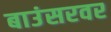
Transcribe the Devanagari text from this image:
बाउंसरवर